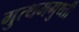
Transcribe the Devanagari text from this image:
गुत्थमगुथ्ती